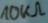
Text: 10KΩ